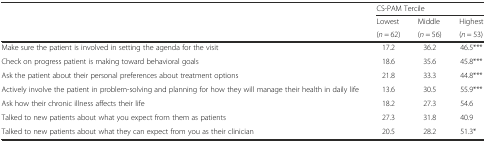
| <ROWSPAN=3>  | <COLSPAN=3> CS-PAM Tercile |
 | Lowest | Middle | Highest |
 | (n = 62) | (n = 56) | (n = 53) |
 | --- | --- | --- | --- |
 | Make sure the patient is involved in setting the agenda for the visit | 17.2 | 36.2 | 46.5*** |
 | Check on progress patient is making toward behavioral goals | 18.6 | 35.6 | 45.8*** |
 | Ask the patient about their personal preferences about treatment options | 21.8 | 33.3 | 44.8*** |
 | Actively involve the patient in problem-solving and planning for how they will manage their health in daily life | 13.6 | 30.5 | 55.9*** |
 | Ask how their chronic illness affects their life | 18.2 | 27.3 | 54.6 |
 | Talked to new patients about what you expect from them as patients | 27.3 | 31.8 | 40.9 |
 | Talked to new patients about what they can expect from you as their clinician | 20.5 | 28.2 | 51.3* |